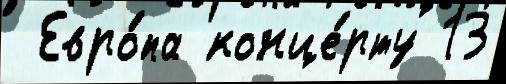
 Евро́па конце́рту 13